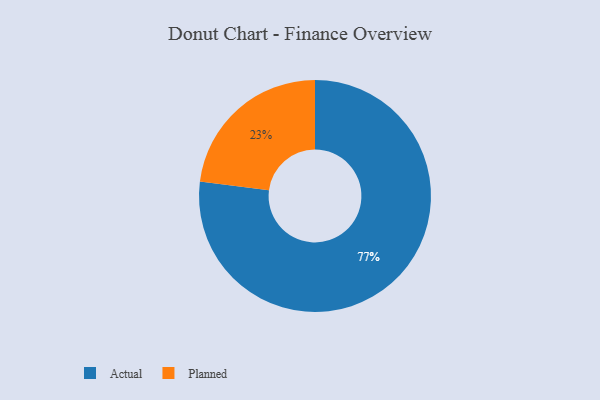
{"axis": {"x": "Category", "y": "Percentage"}, "legend": ["Actual", "Planned"], "data": [{"x": "Planned", "y": 23, "type": "Planned"}, {"x": "Actual", "y": 77, "type": "Actual"}]}